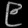
Digit: ၉